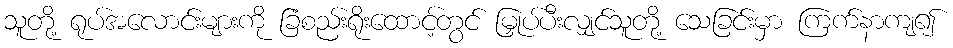
သူတို့ ရုပ်အလောင်းများကို ခြံစည်းရိုးထောင့်တွင် မြှုပ်ပီးလျှင်သူတို့ သေခြင်းမှာ ကြက်နာကျ၍